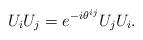
LaTeX: \begin{align*}U_i U_j = e^{-i\theta^{ij}} U_j U_i .\end{align*}